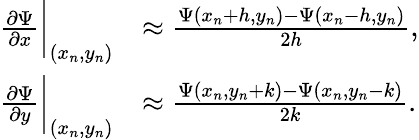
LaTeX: \begin{array}{rl}{\frac{\partial\Psi}{\partial x}\bigg|_{(x_{n},y_{n})}}&{\approx\frac{\Psi(x_{n}+h,y_{n})-\Psi(x_{n}-h,y_{n})}{2h},}\\ {\frac{\partial\Psi}{\partial y}\bigg|_{(x_{n},y_{n})}}&{\approx\frac{\Psi(x_{n},y_{n}+k)-\Psi(x_{n},y_{n}-k)}{2k}.}\end{array}